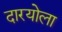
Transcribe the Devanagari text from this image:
दारयोला